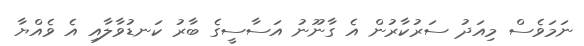
ނަމަވެސް މިއަދު ސަރުކާރުން އެ ގާނޫނު އަސާސީގެ ބާރު ކަނޑުވާލާއި އެ ވެއްޔާ